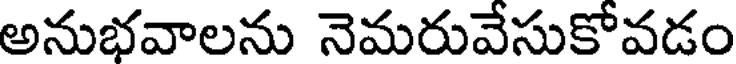
అనుభవాలను నెమరువేసుకోవడం